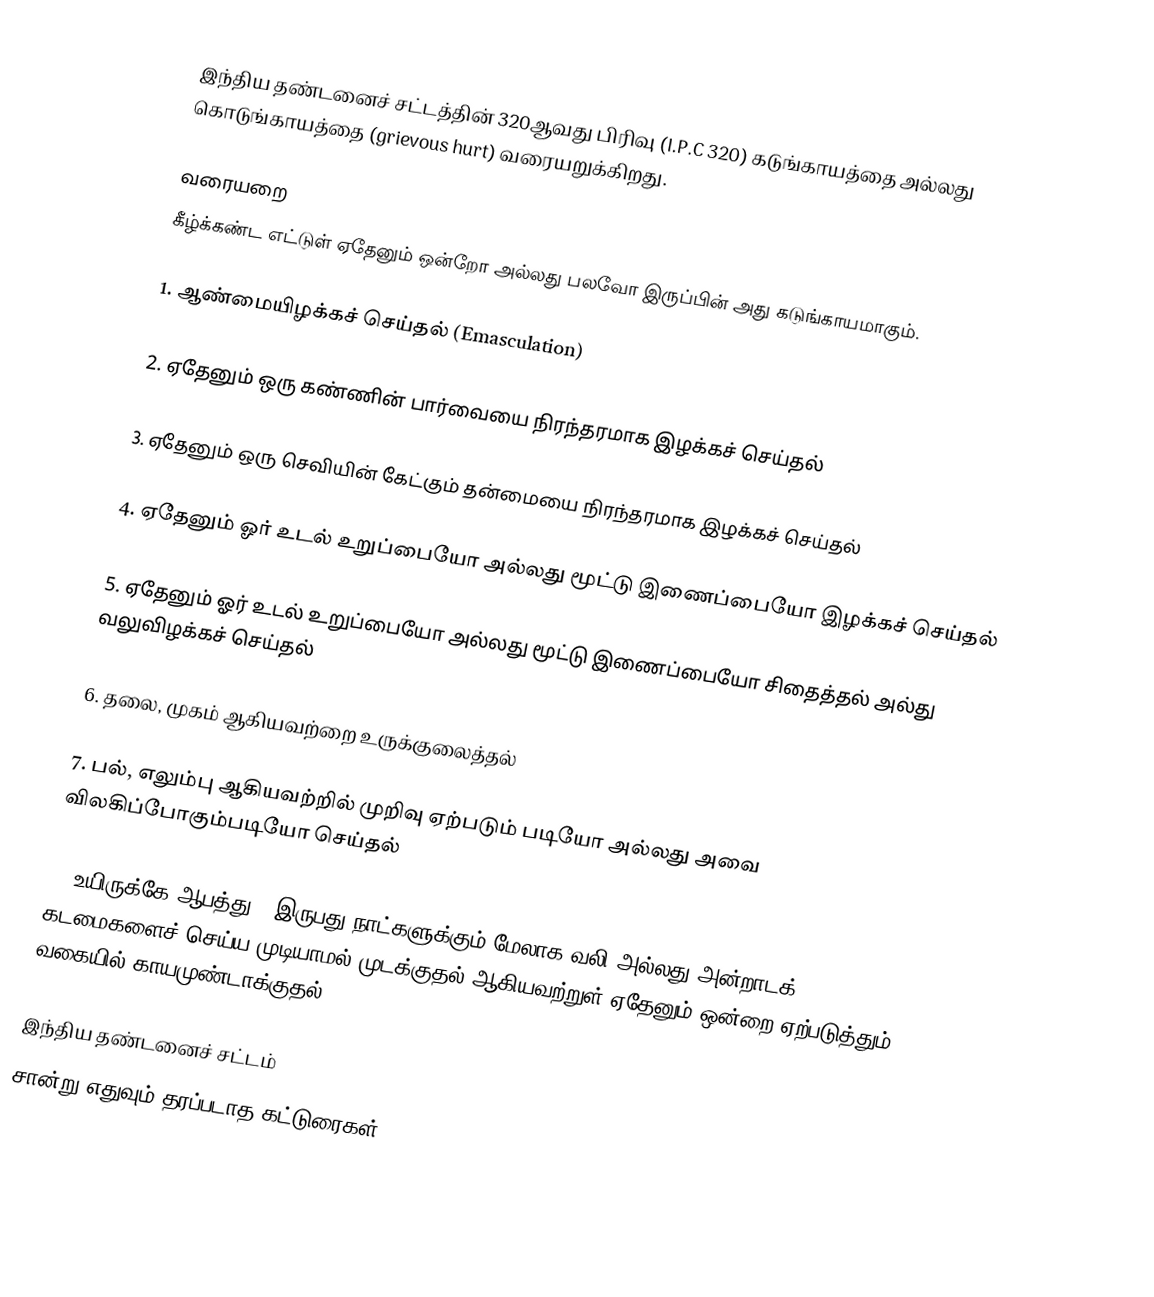
இந்திய தண்டனைச் சட்டத்தின் 320ஆவது பிரிவு (I.P.C 320) கடுங்காயத்தை அல்லது கொடுங்காயத்தை (grievous hurt) வரையறுக்கிறது.

வரையறை
கீழ்க்கண்ட எட்டுள் ஏதேனும் ஒன்றோ அல்லது பலவோ இருப்பின் அது கடுங்காயமாகும்.

1. ஆண்மையிழக்கச் செய்தல் (Emasculation)

2. ஏதேனும் ஒரு கண்ணின் பார்வையை நிரந்தரமாக இழக்கச் செய்தல்

3. ஏதேனும் ஒரு செவியின் கேட்கும் தன்மையை நிரந்தரமாக இழக்கச் செய்தல்

4. ஏதேனும் ஓர் உடல் உறுப்பையோ அல்லது  மூட்டு இணைப்பையோ இழக்கச் செய்தல்

5. ஏதேனும் ஓர் உடல் உறுப்பையோ அல்லது  மூட்டு இணைப்பையோ சிதைத்தல் அல்து வலுவிழக்கச் செய்தல்

6. தலை, முகம் ஆகியவற்றை உருக்குலைத்தல்

7. பல், எலும்பு ஆகியவற்றில் முறிவு ஏற்படும் படியோ அல்லது அவை விலகிப்போகும்படியோ செய்தல்

8. உயிருக்கே ஆபத்து , இருபது நாட்களுக்கும் மேலாக வலி அல்லது அன்றாடக் கடமைகளைச் செய்ய முடியாமல் முடக்குதல் ஆகியவற்றுள் ஏதேனும் ஒன்றை ஏற்படுத்தும் வகையில் காயமுண்டாக்குதல்

இந்திய தண்டனைச் சட்டம்
சான்று எதுவும் தரப்படாத கட்டுரைகள்